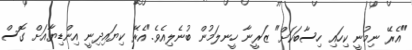
"އެރޭ ނިމުނީ ކިހައި ހިސާބަކަށް" ޒަރީނާ ހީނލަމުން ބުނެލިއެވެ."އެރޭ ކިޔައިދިނީ އިންޑިޔާއަށް ގޮސް